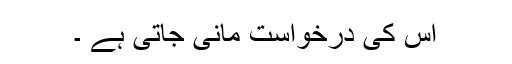
اس کی درخواست مانی جاتی ہے ۔